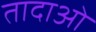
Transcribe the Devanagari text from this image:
तादाओ